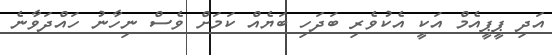
އަދި ޕީޕީއެމް އަކީ އެކުވެރި ބަދަހި ބަޔެއް ކަމަށް ވެސް ނިހާނު ހައްދަވާނެ